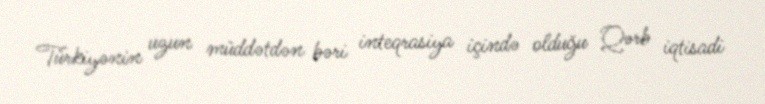
Türkiyənin uzun müddətdən bəri inteqrasiya içində olduğu Qərb iqtisadi